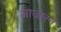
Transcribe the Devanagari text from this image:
आजारने